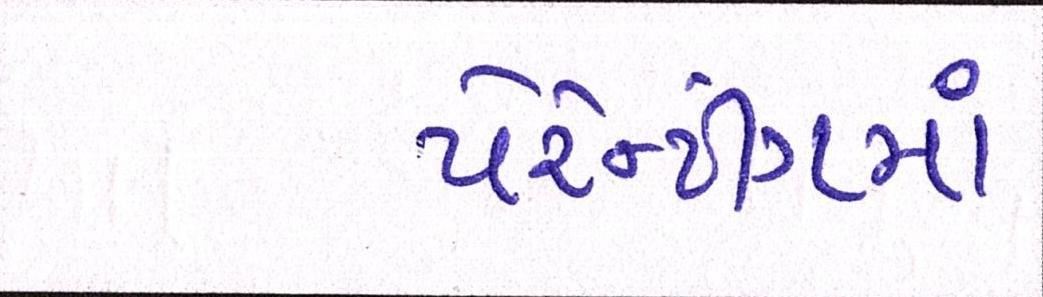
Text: પેરેન્ટીંગમાં